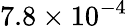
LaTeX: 7.8\times 10^{-4}